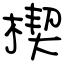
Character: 楔